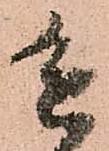
進